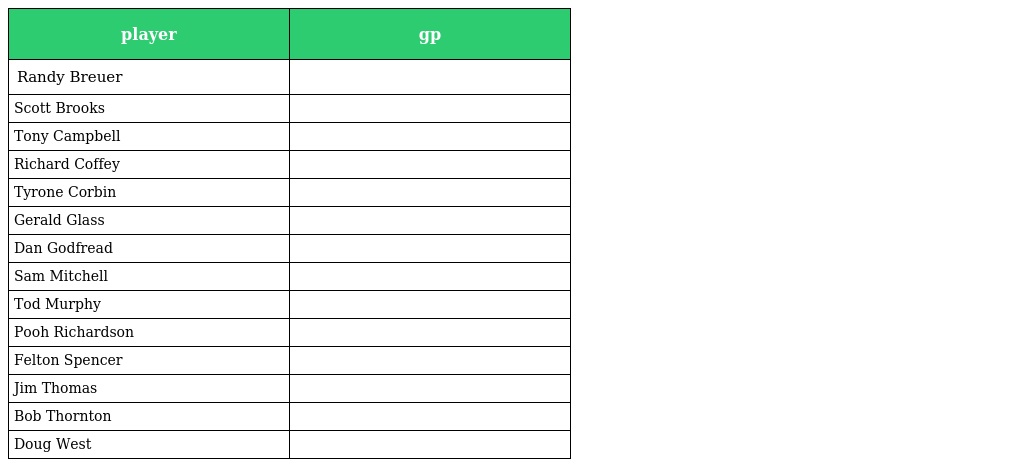
| player | gp |
 | --- | --- |
 | Randy Breuer |  |
 | Scott Brooks |  |
 | Tony Campbell |  |
 | Richard Coffey |  |
 | Tyrone Corbin |  |
 | Gerald Glass |  |
 | Dan Godfread |  |
 | Sam Mitchell |  |
 | Tod Murphy |  |
 | Pooh Richardson |  |
 | Felton Spencer |  |
 | Jim Thomas |  |
 | Bob Thornton |  |
 | Doug West |  |